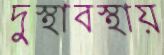
দুস্থাবস্থায়